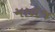
માળજ